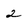
Character: 2